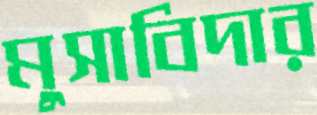
মুসাবিদার